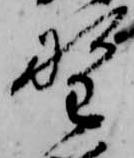
野